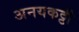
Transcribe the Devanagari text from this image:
अनयकट्टी